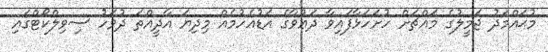
މުޙައްމަދު ޖަމީލުގެ މައްޗަށް ހުށަހަޅާފައިވާ ދަޢުވާގެ އަޑުއެހުމެއް މިދިޔަ އާދީއްތަ ދުވަހު ސިވިލްކޯޓްގައި